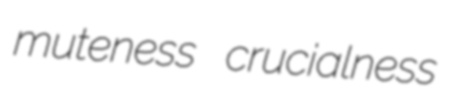
muteness crucialness